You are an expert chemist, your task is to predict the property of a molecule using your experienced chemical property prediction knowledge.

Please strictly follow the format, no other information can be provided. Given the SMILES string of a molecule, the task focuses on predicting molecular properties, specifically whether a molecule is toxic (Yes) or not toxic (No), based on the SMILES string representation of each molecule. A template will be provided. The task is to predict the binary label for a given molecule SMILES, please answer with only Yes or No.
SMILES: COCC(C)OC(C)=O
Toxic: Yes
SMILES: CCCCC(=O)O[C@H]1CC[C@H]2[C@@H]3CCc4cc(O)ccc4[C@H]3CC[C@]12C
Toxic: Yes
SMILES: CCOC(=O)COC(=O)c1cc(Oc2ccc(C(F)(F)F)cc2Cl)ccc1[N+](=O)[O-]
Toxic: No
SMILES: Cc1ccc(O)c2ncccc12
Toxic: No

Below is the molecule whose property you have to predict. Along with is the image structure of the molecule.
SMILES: Nc1nc(=O)c2c(CCc3ccc(C(=O)N[C@@H](CCC(=O)[O-])C(=O)[O-])cc3)c[nH]c2[nH]1
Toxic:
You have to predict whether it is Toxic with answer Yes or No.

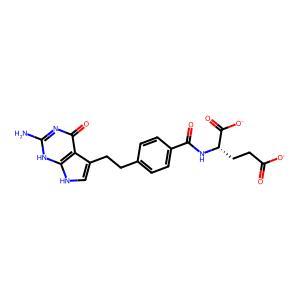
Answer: No